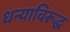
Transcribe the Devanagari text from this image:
धन्याविरूद्ध